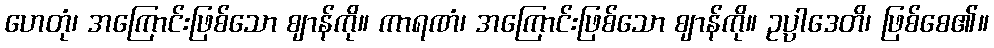
ဟေတုံ၊ အကြောင်းဖြစ်သော ဈာန်ကို။ ကာရဏံ၊ အကြောင်းဖြစ်သော ဈာန်ကို။ ဥပ္ပါဒေတိ၊ ဖြစ်စေ၏။